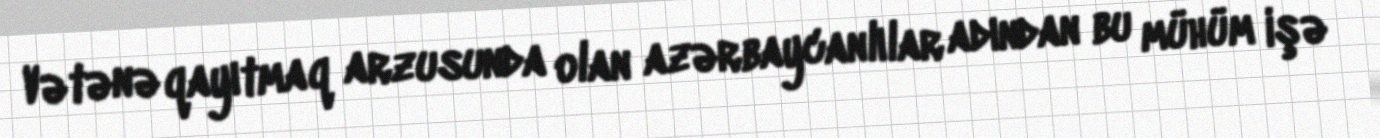
Vətənə qayıtmaq arzusunda olan azərbaycanlılar adından bu mühüm işə